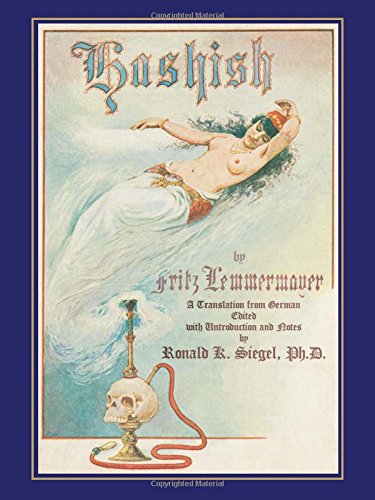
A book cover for Hashish The Lost Legend: The First English Translation of a Great Oriental Romance; Fritz Lemmermayer; Crafts, Hobbies & Home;